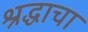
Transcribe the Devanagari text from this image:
श्रद्धाचा